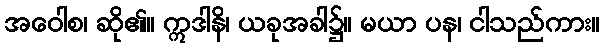
အဝေါစ၊ ဆို၏။ ဣဒါနိ၊ ယခုအခါ၌။ မယာ ပန၊ ငါသည်ကား။